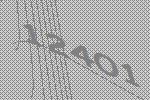
12401